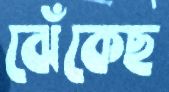
ঝেঁকেছ